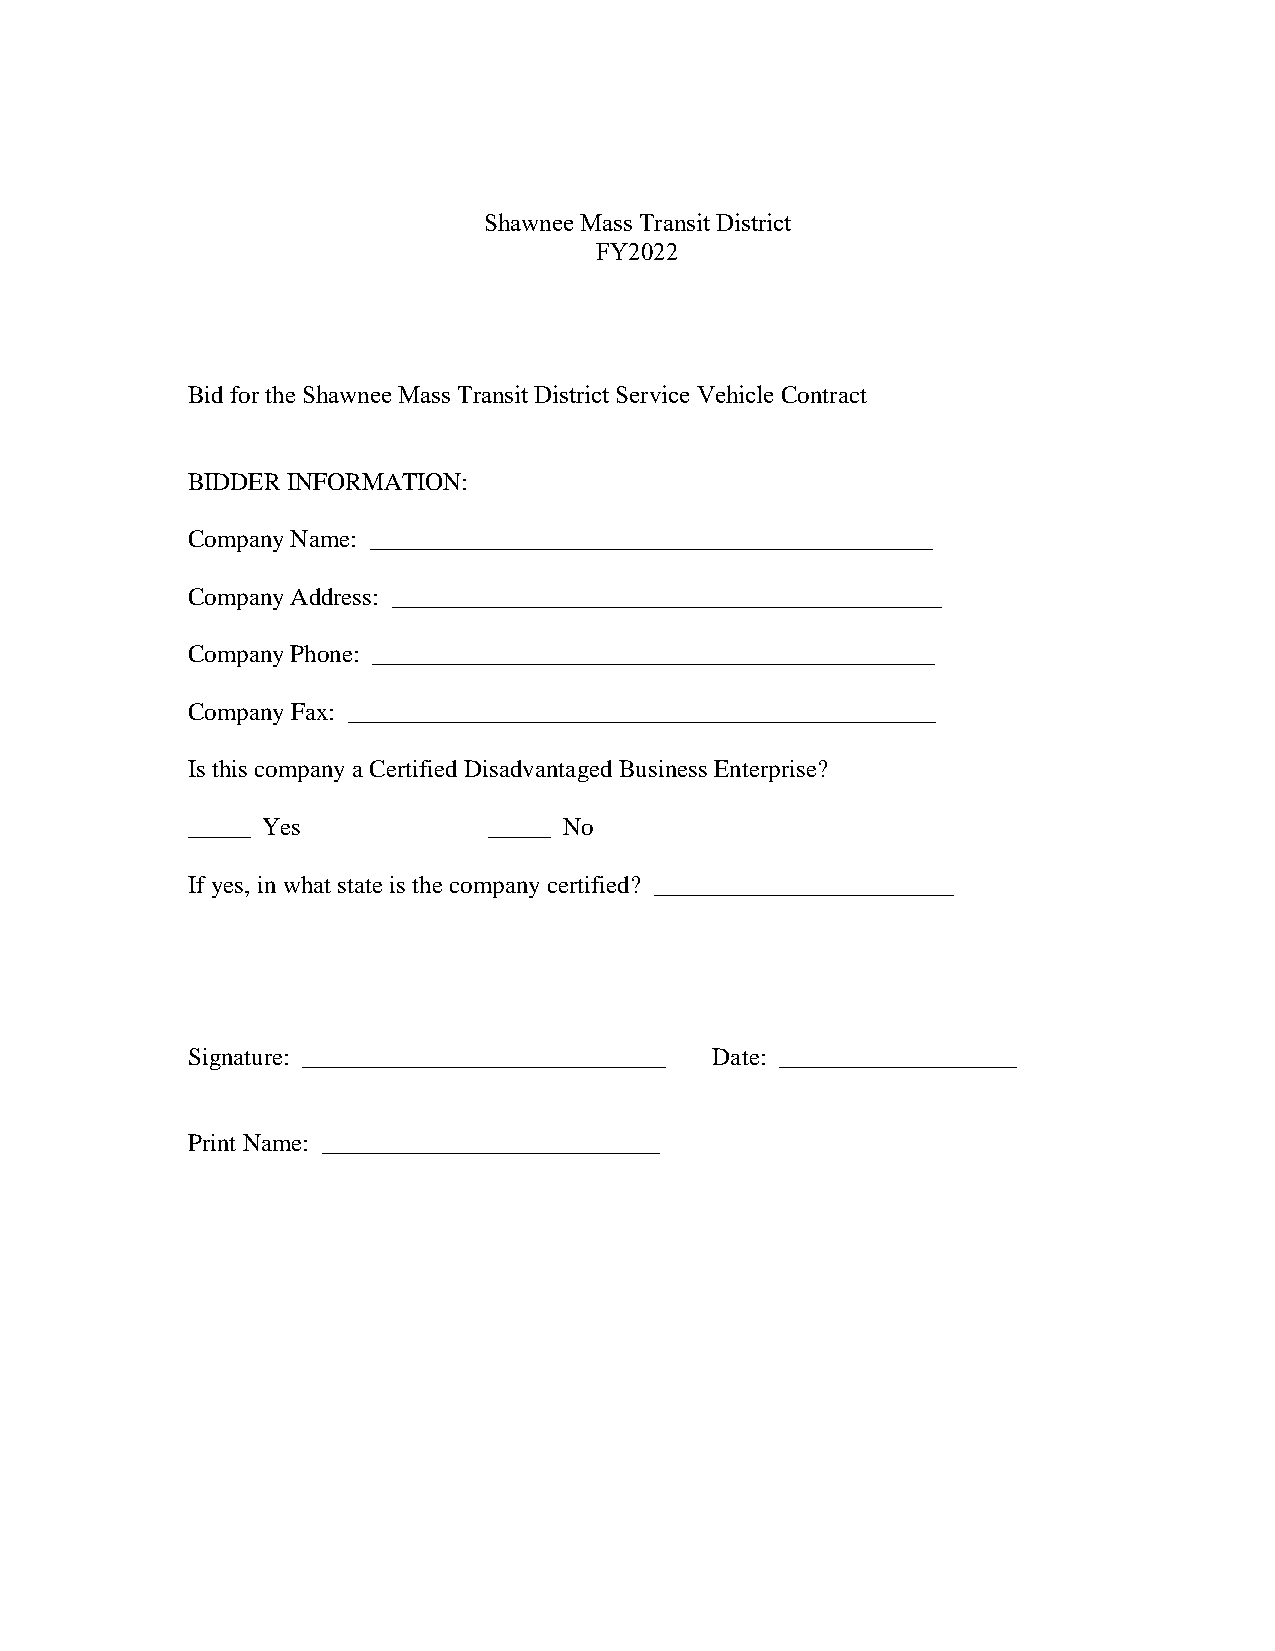
Shawnee Mass Transit District
 FY2022
 Bid for the Shawnee Mass Transit District Service Vehicle Contract
 BIDDER INFORMATION:
 Company Name: _____________________________________________
 Company Address: ____________________________________________
 Company Phone: _____________________________________________
 Company Fax: _______________________________________________
 Is this company a Certified Disadvantaged Business Enterprise?
 _____ Yes           _____ No
 If yes, in what state is the company certified? ________________________
 Signature: _____________________________ Date: ___________________
 Print Name: ___________________________